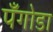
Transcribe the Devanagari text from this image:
पँगोडा